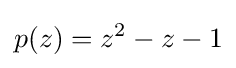
p(z)=z^{2}-z-1